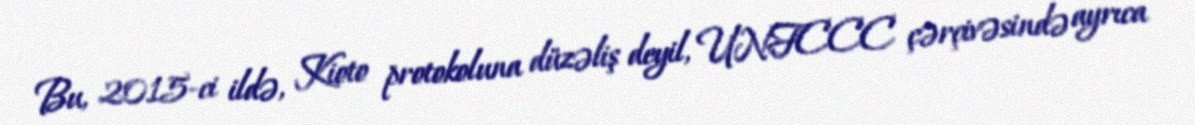
Bu, 2015-ci ildə, Kioto protokoluna düzəliş deyil, UNFCCC çərçivəsində ayrıca